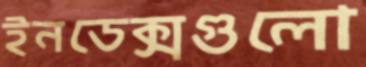
ইনডেক্সগুলো